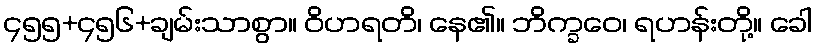
၄၅၅+၄၅၆+ချမ်းသာစွာ။ ဝိဟရတိ၊ နေ၏။ ဘိက္ခဝေ၊ ရဟန်းတို့။ ခေါ